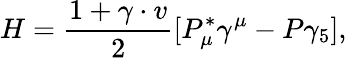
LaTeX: H=\frac{1+\gamma\cdot v}{2}[P_{\mu}^{*}\gamma^{\mu}-P\gamma_{5}],